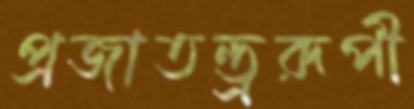
প্রজাতন্ত্ররূপী